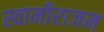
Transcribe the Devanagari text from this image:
स्वामीराजम